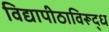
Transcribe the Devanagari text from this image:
विद्यापीठाविरूद्ध